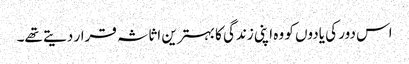
اس دور کی یادوں کو وہ اپنی زندگی کا بہترین اثاثہ قرار دیتے تھے۔